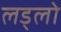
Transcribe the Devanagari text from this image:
लड्लो